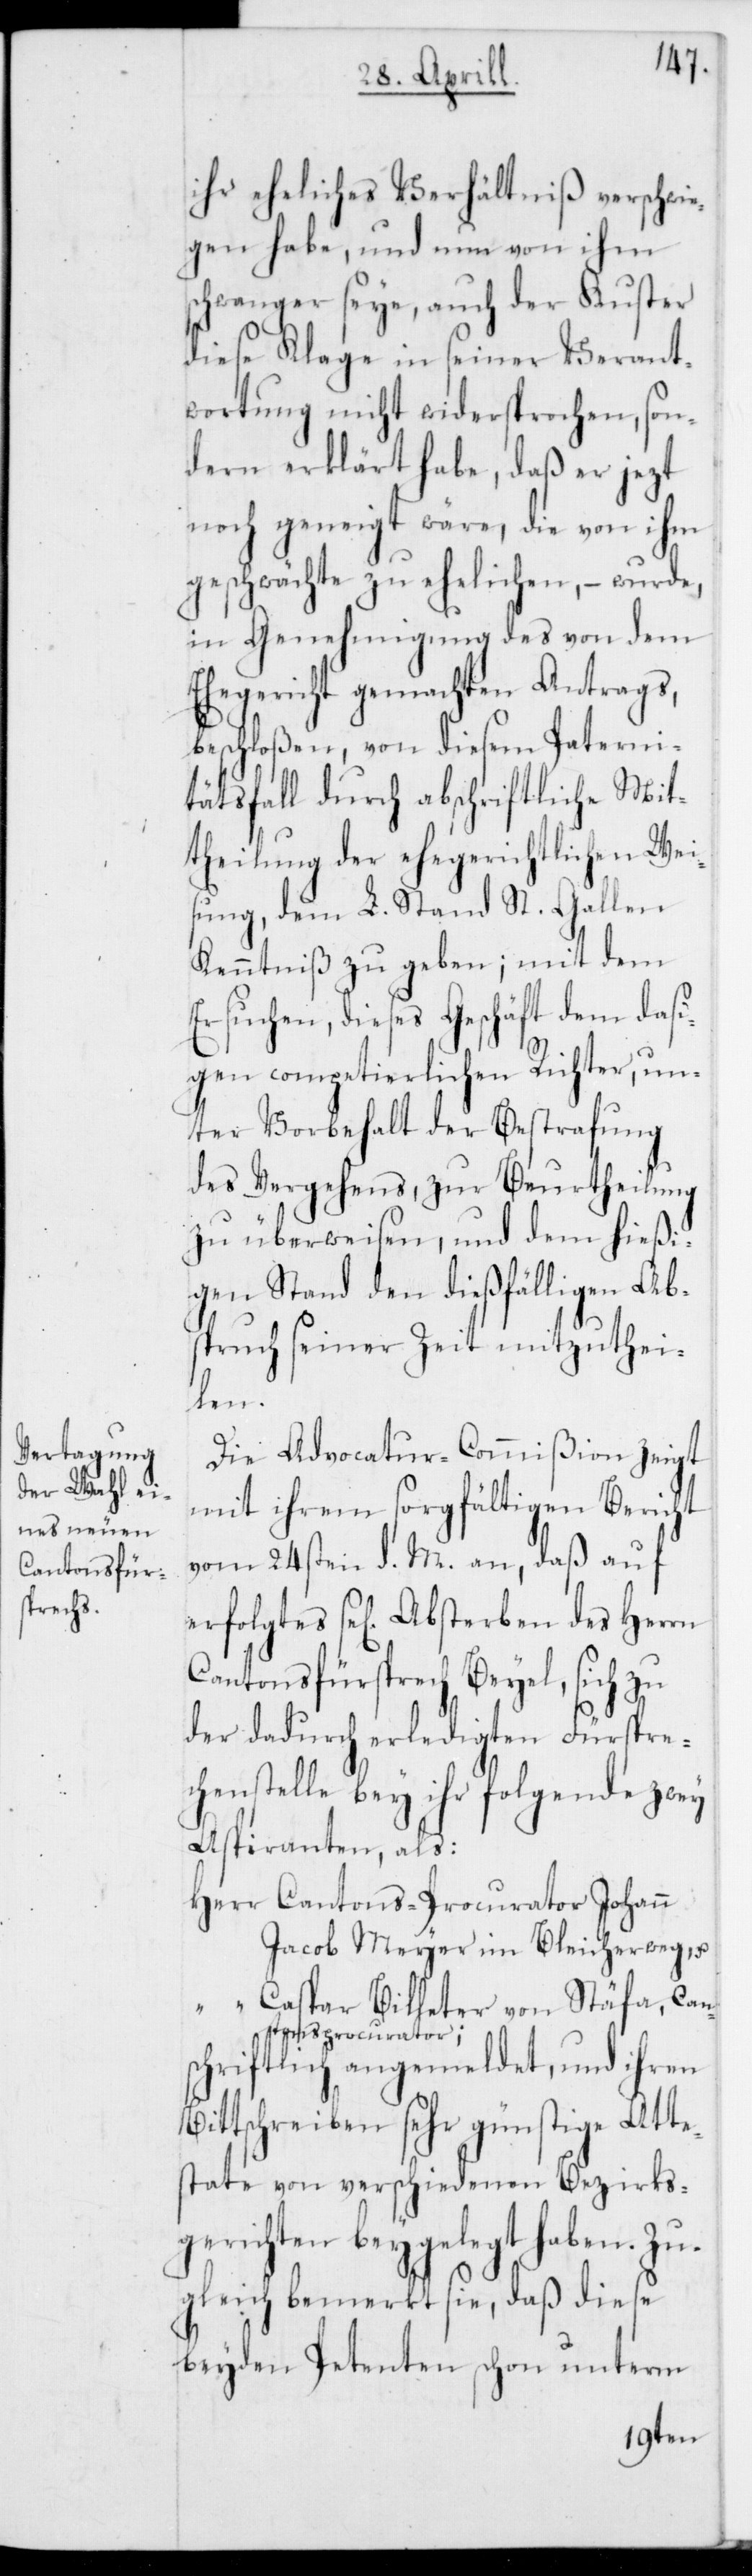
ihr eheliches Verhältniß verschwie¬
gen habe, und nun von ihm
schwanger seye, auch der Kuster
diese Klage in seiner Verant¬
wortung nicht widersprochen, son¬
dern erklärt habe, daß er jezt
noch geneigt wäre, die von ihm
geschwächte zu ehelichen, – wurde,
in Genehmigung des von dem
Ehegericht gemachten Antrags,
beschloßen, von diesem Paterni¬
tätsfall durch abschriftliche Mit¬
theilung der ehegerichtlichen Wei¬
sung, dem L. Stand St. Gallen
Kenntniß zu geben; mit dem
Ersuchen, dieses Geschäft dem dasi¬
gen competierlichen Richter, un¬
ter Vorbehalt der Bestrafung
des Vergehens, zur Beurtheilung
zu überweisen, und dem hießi¬
gen Stand den dießfälligen Ab¬
spruch seiner Zeit mitzuthei¬
len.
Die Advocatur-Commißion zeigt
mit ihrem sorgfältigen Bericht
vom 24sten d. M. an, daß auf
erfolgtes sel. Absterben des Herrn
Cantonsfürsprech Beyel, sich zu
der dadurch erledigten Fürspre¬
chenstelle bey ihr folgende zwey
Aspiranten, als:
Herr Cantons-Procurator Johann
Jacob Meyer im Bleicherweg, und
“ Caspar Bilheter von Stäfa, Can¬
tonsprocurator;
schriftlich angemeldet, und ihren
Bittschreiben sehr günstige Atte¬
state von verschiedenen Bezirks¬
gerichten beygelegt haben. Zu¬
gleich bemerkt sie, daß diese
beyden Petenten schon unterm